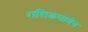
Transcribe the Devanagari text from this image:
शशिकलाबेन